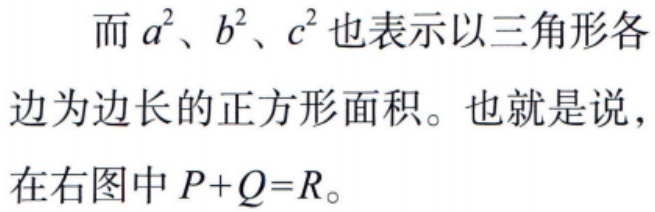
而 \(a^{2}\)、\(b^{2}\)、\(c^{2}\) 也表示以三角形各边为边长的正方形面积。也就是说，在右图中 \(P + Q = R\)。